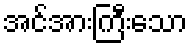
အင်အားကြီးသော